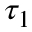
\tau _ { 1 }